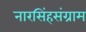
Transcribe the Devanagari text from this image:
नारसिंहसंग्राम